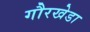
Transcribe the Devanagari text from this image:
गौरखेडा